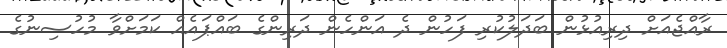
ރާއްޖެއަށް ދިރިއުޅުން ބަދަލުކުރި ފަހުން ދެ އަންހެން ދަރިންގެ ބައްޕައެއް ކަމަށްވާ މުހުސިނުގެ